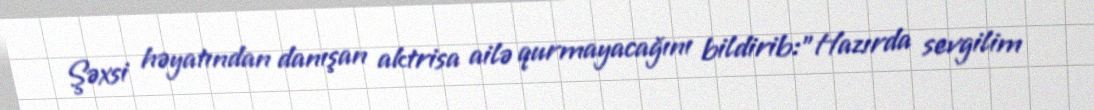
Şəxsi həyatından danışan aktrisa ailə qurmayacağını bildirib:"Hazırda sevgilim